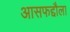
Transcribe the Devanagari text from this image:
आसफद्दौला